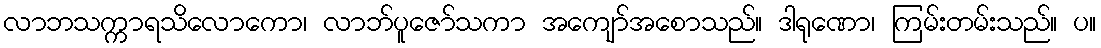
လာဘသက္ကာရသိလောကော၊ လာဘ်ပူဇော်သကာ အကျော်အစောသည်။ ဒါရုဏော၊ ကြမ်းတမ်းသည်။ ပ။